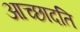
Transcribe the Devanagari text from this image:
आच्‍छादति